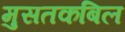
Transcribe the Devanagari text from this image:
मुसतकबिल